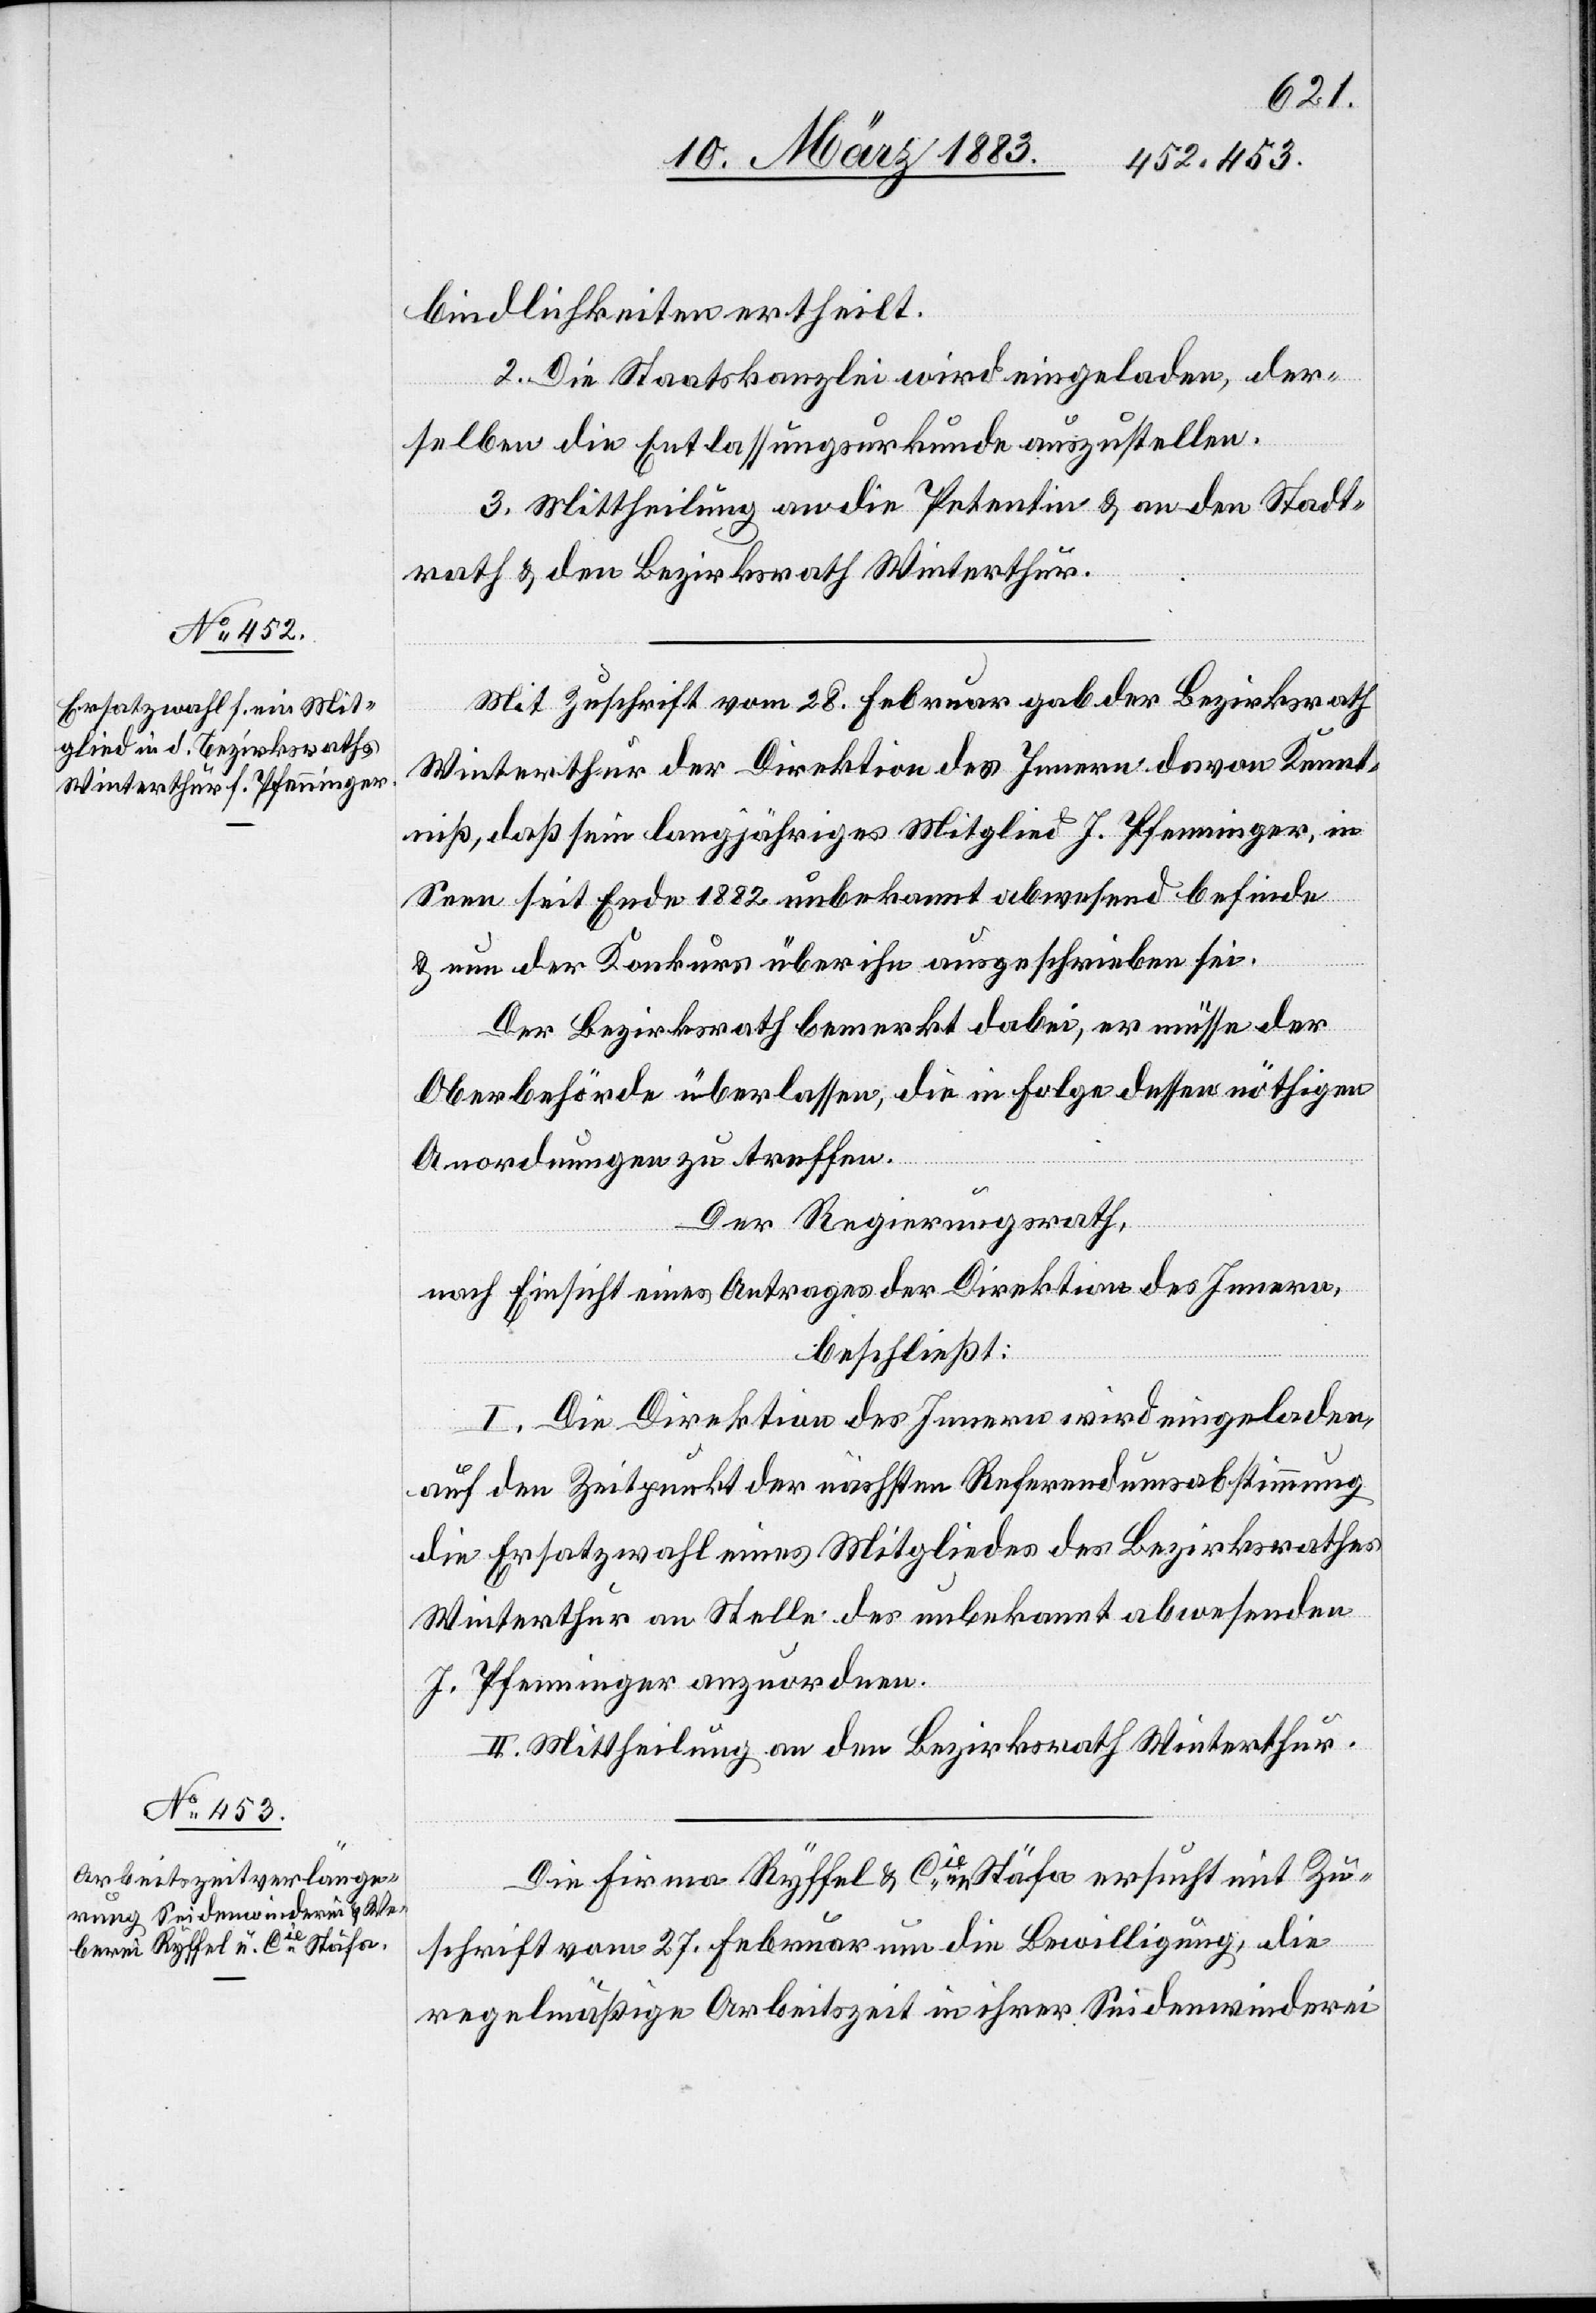
1882,
6. März 1883,